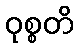
ဝုစ္စတိ